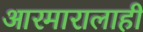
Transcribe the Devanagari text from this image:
आरमारालाही